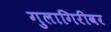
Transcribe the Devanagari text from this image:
गुलागिरीवर